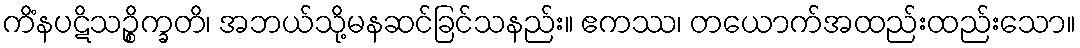
ကိံနပဋိသဉ္စိက္ခတိ၊ အဘယ်သို့မနဆင်ခြင်သနည်း။ ဧကဿ၊ တယောက်အထည်းထည်းသော။